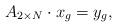
LaTeX: \begin{align*}A_{2\times N}\cdot x_{g}=y_{g},\end{align*}